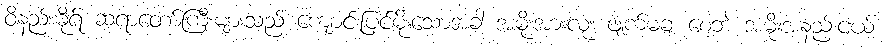
ဝိနည်းဓိုရ် ဆရာတော်ကြီးများသည် ကျောင်းပြင်မိုးသောအခါ အမိုးအားလုံး ဖျက်မချ စေဘဲ အမိုးအနည်းငယ်